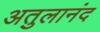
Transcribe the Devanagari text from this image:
अतुलानंद